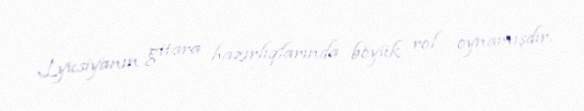
Lyusiyanın gitara hazırlıqlarında böyük rol oynamışdır.